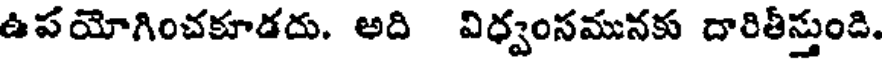
ఉపయోగించకూడదు. అది విధ్వంసమునకు దారితీస్తుండి.